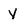
Character: Y